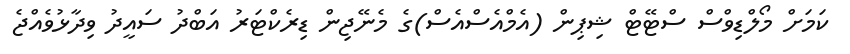
ކަމަށް މޯލްޑިވްސް ސްޓޭޓް ޝިޕިން (އެމްއެސްއެސް)ގެ މެނޭޖިން ޑިރެކްޓަރު އަބްދު ސައީދު ވިދާޅުވެއްޖެ